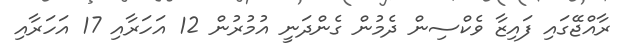
ރާއްޖޭގައި ފައިޒާ ވެކްސިން ދެމުން ގެންދަނީ އުމުރުން 12 އަހަރާއި 17 އަހަރާއި